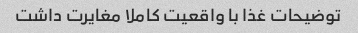
توضیحات غذا با واقعیت کاملا مغایرت داشت